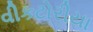
વીકટોરીયા